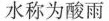
水称为酸雨